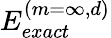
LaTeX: E_{exact}^{(m=\infty,d)}